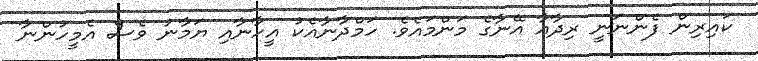
ކައިރިން ފެންނަނީ ރިދާއާ އޭނާގެ މަންމައެވެ. ހަމްދާނާއެކު އީހާނާއި ޔަމާނު ވެސް އެމީހުންނާ